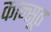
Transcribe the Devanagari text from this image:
कान्सूत